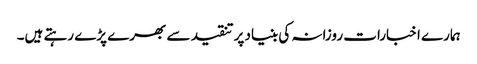
ہمارے اخبارات روزانہ کی بنیاد پرتنقید سے بھرے پڑے رہتے ہیں۔